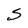
Character: S